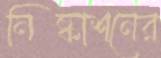
নিষ্কাশনের